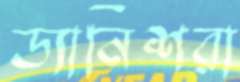
ড্যানিশরা